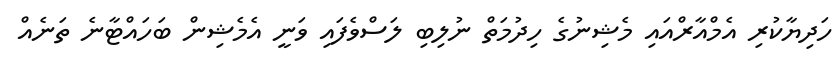
ހަދިޔާކުރި އެމްއާރްއައި މެޝިނުގެ ހިދުމަތް ނުލިބި ލަސްވެފައި ވަނީ އެމެޝިން ބަހައްޓާނެ ތަނެއް